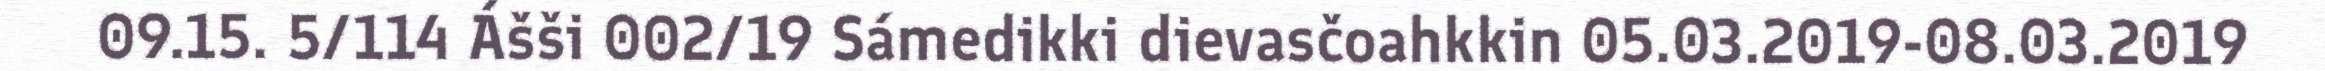
09.15. 5/114 Ášši 002/19 Sámedikki dievasčoahkkin 05.03.2019-08.03.2019